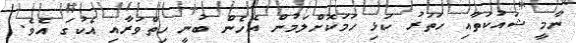
ނާމީ ޝައުކަތާއި ހަތަރު ކަޅި ހަމަކޮށްލަމުން އެހެން ބުނީ ހިތްވަރާއި އެކުގަ އެވެ.